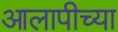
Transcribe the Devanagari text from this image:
आलापीच्या